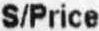
S/PRICE